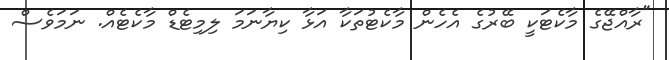
"ރާއްޖޭގެ މާކެޓަކީ ބޭރުގެ އެހެން މާކެޓުތަކާ އަޅާ ކިޔާނަމަ ލިމިޓެޑް މާކެޓެއް. ނަމަވެސް